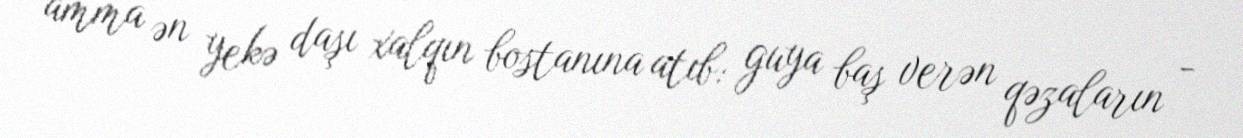
amma ən yekə daşı xalqın bostanına atıb: guya baş verən qəzaların -